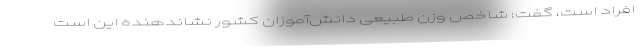
افراد است، گفت: شاخص وزن طبیعی دانش‌آموزان کشور نشاندهنده این است